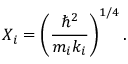
X _ { i } = \left( \frac { \hbar ^ { 2 } } { m _ { i } k _ { i } } \right) ^ { 1 / 4 } .